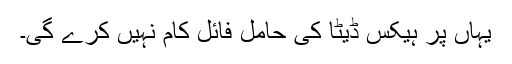
یہاں پر ہیکس ڈیٹا کی حامل فائل کام نہیں کرے گی۔